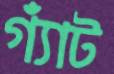
গ্যাঁট